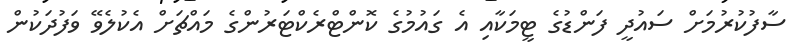
ސާފުކުރުމަށް ސައުދީ ފަންޑުގެ ޓީމަކާއި އެ ގައުމުގެ ކޮންޓްރެކްޓަރުންގެ މައްޗަށް އެކުލެވޭ ވަފުދަކުން